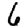
Digit: 6